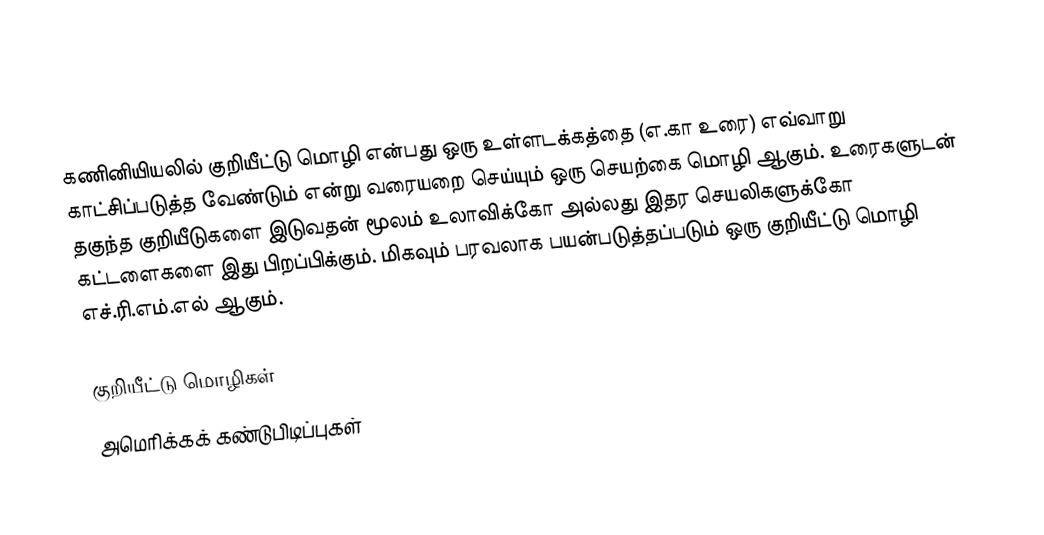
கணினியியலில் குறியீட்டு மொழி என்பது ஒரு உள்ளடக்கத்தை (எ.கா உரை) எவ்வாறு காட்சிப்படுத்த வேண்டும் என்று வரையறை செய்யும் ஒரு செயற்கை மொழி ஆகும். உரைகளுடன் தகுந்த குறியீடுகளை இடுவதன் மூலம் உலாவிக்கோ அல்லது இதர செயலிகளுக்கோ கட்டளைகளை இது பிறப்பிக்கும். மிகவும் பரவலாக பயன்படுத்தப்படும் ஒரு குறியீட்டு மொழி எச்.ரி.எம்.எல் ஆகும்.

குறியீட்டு மொழிகள்
அமெரிக்கக் கண்டுபிடிப்புகள்